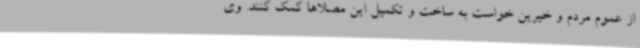
از عموم مردم و خیرین خواست به ساخت و تکمیل این مصلاها کمک کنند. وی